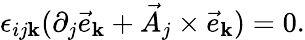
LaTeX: \epsilon_{ij\mathbf{k}}(\partial_{j}{\vec{{e}}}_{\mathbf{k}}+{\vec{{A}}}_{j}\times{\vec{{e}}}_{\mathbf{k}})=0.